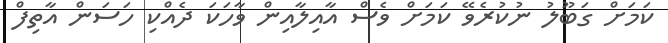
ކަމަށް ގަބޫލު ނުކުރެވޭ ކަމަށް ވެސް އާއިލާއިން ވާހަކަ ދެއްކި ހަސަން އާތިފް